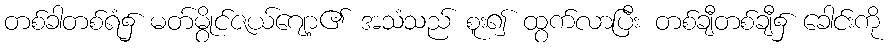
တစ်ခါတစ်ရံ၌ မတ်မွိုင်ဇယ်ဂျော့၏ အသံသည် စူး၍ ထွက်လာပြီး တစ်ချီတစ်ချီ၌ ခေါင်းကို